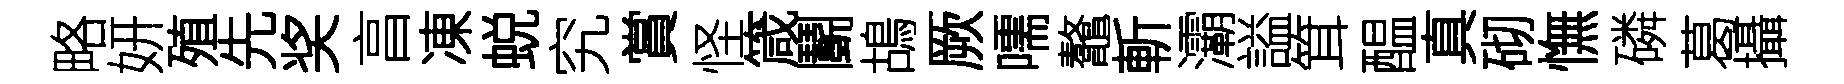
略妍殖先奖亯凍蜕究賞怪箴鬬鴣厥嚅鼇斬灞謚䇯醖真砌憮磷葛攝